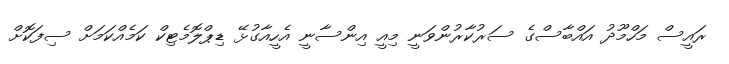
ރައީސް މަހްމޫދު އައްބާސްގެ ސަރުކާރުންވަނީ މިއީ އިންސާނީ އެހީއާގުޅޭ ޑިޕްލޮމެޓިކް ކަމެއްކަމަށް ސިފަކޮށް